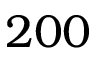
2 0 0